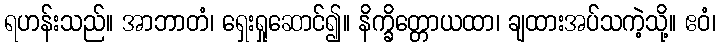
ရဟန်းသည်။ အာဘာတံ၊ ရှေးရှုဆောင်၍။ နိက္ခိတ္တောယထာ၊ ချထားအပ်သကဲ့သို့။ ဧဝံ၊